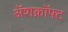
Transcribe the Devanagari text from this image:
अॅशक्रॉफ्ट